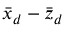
\bar { x } _ { d } - \bar { z } _ { d }